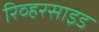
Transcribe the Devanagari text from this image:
रिव्हरसाइड